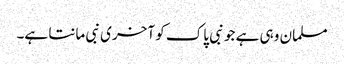
مسلمان وہی ہے جو نبی پاک کو آخری نبی مانتا ہے۔